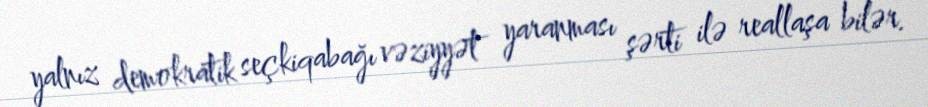
yalnız demokratik seçkiqabağı vəziyyət yaranması şərti ilə reallaşa bilər.